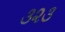
૩૨૩